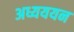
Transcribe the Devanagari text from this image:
अध्यययन